Calcutta medical institutions reports 1871-78
Year: 1871
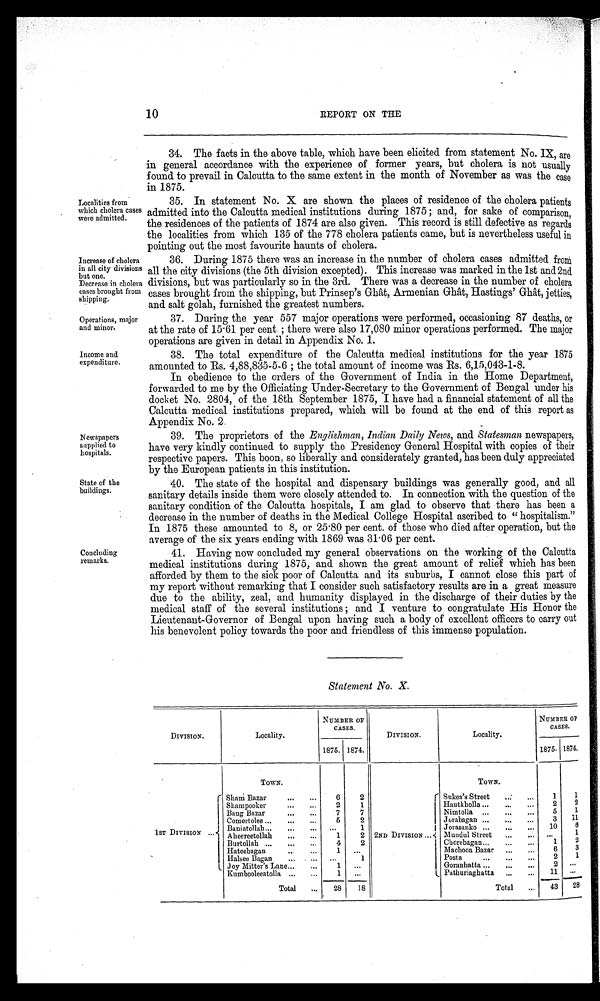
Increase of cholera
in all city divisions
but one.
Decrease in cholera
cases brought from
shipping.
Operations, major
and minor.
Income and
expendi t ur e.
Newspapers
supplied to
hospitals.
State of the
buildings.
10
REPORT ON THE
Localities from
which cholera cases
were admitted.
Concluding
remarks.
34. The facts in the above table, which have been elicited from statement No. IX, are
in general accordance with the experience of former years, but cholera is not usually
found to prevail in Calcutta to the same extent in the month of November as was the case
in 1875.
35. I n s t a t e me nt No. X a r e s hown t he pl a c e s of r e s i de nc e of t he c hol e r a pa t i e nt s
admitted into the Calcutta medical institutions during 1875; and, for sake of comparison,
the residences of the patients of 1874 are also given. This record is still defective as regards
the localities from which 135 of the 778 cholera patients came, but is nevertheless useful in
pointing out the most favourite haunts of cholera.
36. During 1875 there was an increase in the number of cholera cases admitted from
all the city divisions (the 5th division excepted). This increase was marked in the 1st and 2nd
divisions, but was particularly so in the 3rd. There was a decrease in the number of cholera
cases brought from the shipping, but Prinsep's Ghât, Armenian Ghât, Hastings' Ghât, jetties,
and salt golah, furnished the greatest numbers.
37. During the year 557 major operations were performed, occasioning 87 deaths, or
at t he r at e of 15. 61 per cent ; t her e wer e al so 17, 080 mi nor oper at i ons per f or med. The maj or
operations are given in detail in Appendix No. 1.
38. The total expenditure of the Calcutta medical institutions for the year 1875
amounted to Rs. 4,88,835-5-6 ; the total amount of income was Rs. 6,15,043-1-8.
In obedience to the orders of the Government of India in the Home Department,
forwarded to me by the Officiating Under-Secretary to the Government of Bengal under his
d o c k e t N o . 2 8 0 4 , o f t h e 1 8 t h S e p t e m b e r 1 8 7 5 , I h a v e h a d a f i n a n c i a l s t a t e m e n t o f a l l t h e
Calcutta medical institutions prepared, which will be found at the end of this report as
Appendix No. 2.
39. The proprietors of the Englishman, Indian Daily News, and Statesman newspapers,
have very kindly continued to supply the Presidency General Hospital with copies of their
r e s p e c t i v e p a p e r s . T h i s b o o n , s o l i b e r a l l y a n d c o n s i d e r a t e l y g r a n t e d , h a s b e e n d u l y a p p r e c i a t e d
by the European patients in this institution.
40. The state of the hospital and dispensary buildings was generally good, and all
sanitary details inside them were closely attended to. In connection with the question of the
sanitary condition of the Calcutta hospitals, I am glad to observe that there has been a
decrease in the number of deaths in the Medical College Hospital ascribed to "hospitalism."
In 1875 these amounted to 8, or 25.80 per cent. of those who died after operation, but the
average of the six years ending with 1869 was 31.06 per cent.
41. Having now concluded my general observations on the working of the Calcutta
medical institutions during 1875, and shown the great amount of relief which has been
afforded by them to the sick poor of Calcutta and its suburbs, I cannot close this part of
my report without remarking that I consider such satisfactory results are in a great measure
due to the ability, zeal, and humanity displayed in the discharge of their duties by the
medical staff of the several institutions ; and I venture to congratulate His Honor the
Lieutenant-Governor of Bengal upon having such a body of excellent officers to carry out
his benevolent policy towards the poor and friendless of this immense population.
Statement No. X.
DIVISION.
L o c a l i t y .
NUMBER OF
CASES.
DIVISION.
L o c a l i t y .
NUMBER OF
CASES.
1875. 1874.
1875. 1874.
T O W N .
T O W N .
1 S T D I V I S I O N . . .
Sham Bazar
. . 6
2
2ND DIVISION ...
Sukea's Street ..:
. . . 1 1 2
Hautkholla ... . . .
. 2
Shampooker
...
. . . 2
1
Nimtolla
. . .
. . .
. . . 5 1
7
7
Baug Bazar ...
11
6
2
Jorabagan
. . .
. . .
. . . 3
Comertolee ... ...
. . .
10 6
Jorasanko ... ...
. . .
1
Baniatollah... ...
. . . . . .
Mundul Street
. . .
. . . . . .
1ST DIVISION ...1 2
Aheereetollah ...
. . . 1
2
1
Chorebagan...
. . .
. . .
Burtollah
. . .
. . .
. . . 4
2
3 3
6
Machooa Bazar ...
. . .
Hateebagan
. . 1
. . .
2 1
Posta
. . .
. . .
. . .
Halsee Bagan . . .
. . .
1
2 . . .
Goranhatta .. ...
. . .
Joy Mitter's Lane...
. . . 1 . . .
. . .
Pathuriaghatta
. . .
. . . 11
1 . . .
Kumbooleeatolla
. . .
. . .
28
Total
. . . 43
Total
. . . 28 18